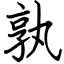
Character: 孰